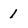
Character: 1